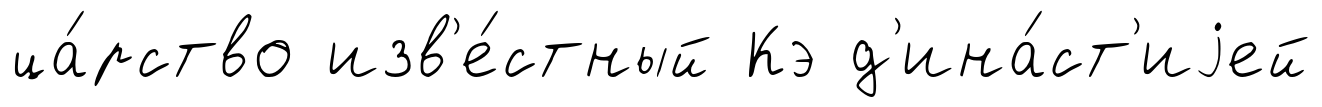
ца́рство изв'е́стный Кэ д'ина́ст'иjей